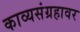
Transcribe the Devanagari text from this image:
काव्यसंग्रहावर